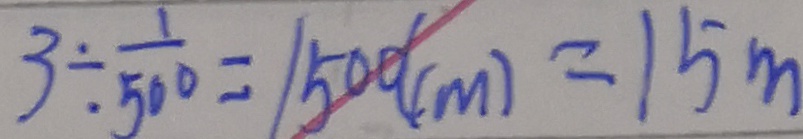
3 \div \frac { 1 } { 5 0 0 } = 1 5 0 ( c m ) = 1 5 m